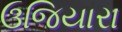
ઉજિયારા